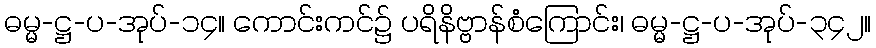
ဓမ္မ-ဋ္ဌ-ပ-အုပ်-၁၄။ ကောင်းကင်၌ ပရိနိဗ္ဗာန်စံကြောင်း၊ ဓမ္မ-ဋ္ဌ-ပ-အုပ်-၃၄၂။